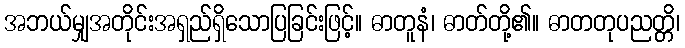
အဘယ်မျှအတိုင်းအရှည်ရှိသောပြခြင်းဖြင့်။ ဓာတူနံ၊ ဓာတ်တို့၏။ ဓာတတုပညတ္တိ၊